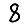
Digit: 8